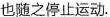
也随之停止运动。